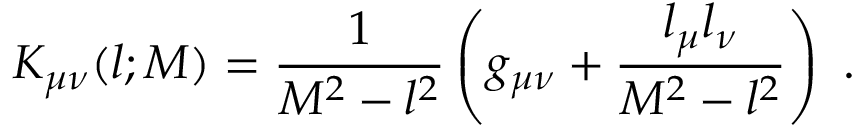
K _ { \mu \nu } ( l ; M ) = \frac { 1 } { M ^ { 2 } - l ^ { 2 } } \left( g _ { \mu \nu } + \frac { l _ { \mu } l _ { \nu } } { M ^ { 2 } - l ^ { 2 } } \right) ~ .